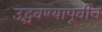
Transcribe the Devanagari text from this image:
उद्भवण्यापूर्वीच